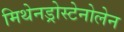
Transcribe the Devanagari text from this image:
मिथेनड्रोस्टेनोलेन